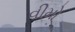
વીમો